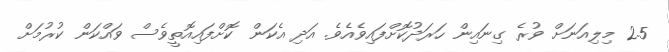
2.5 މިލިއަނަށް ވުރެ ގިނައިން ހަރަދުކޮށްފައިވެއެވެ. އަދި އެކަން ކޮށްފައިއޮތީވެސް ވައްކަން ކުރުމަށް